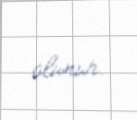
olunur.